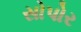
સોપોર